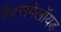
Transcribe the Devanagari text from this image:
हेक्सपेलॉयड